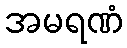
အမရဏံ